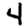
Digit: 4